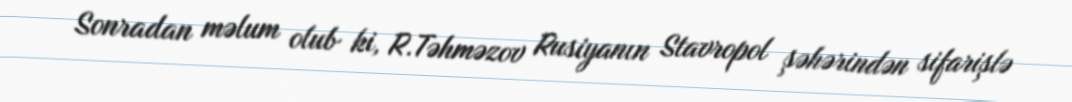
Sonradan məlum olub ki, R.Təhməzov Rusiyanın Stavropol şəhərindən sifarişlə